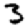
Digit: 3